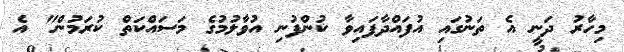
މިހާރު ދަނީ އެ ތަނުގައި އުފައްދާފައިވާ ކުންފުނި އުވާލުމުގެ މަސައްކަތް ކުރަމުން" އެ